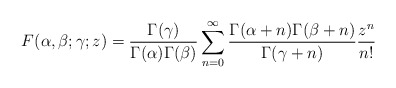
\begin{align*}F(\alpha,\beta;\gamma;z)=\frac{\Gamma(\gamma)}{\Gamma(\alpha)\Gamma(\beta)}\sum_{n=0}^\infty\frac{\Gamma(\alpha+n)\Gamma(\beta+n)}{\Gamma(\gamma+n)}\frac{z^n}{n!}\end{align*}